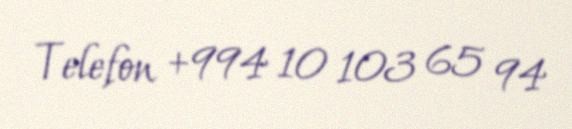
Telefon +994 10 103 65 94